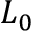
L _ { 0 }